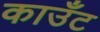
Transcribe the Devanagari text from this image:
काउँट